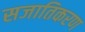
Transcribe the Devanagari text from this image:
सजातिकरण